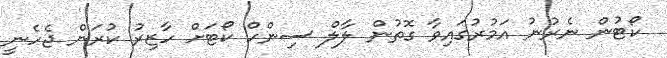
ކޯޓުން ނެރުނު އަމުރުގައިވާ ގޮތުން ލާލް ސިންހް ކޯޓަށް ހާޒިރު ކުރަން ޖެހެނީ